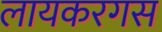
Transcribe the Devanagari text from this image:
लायकरगस